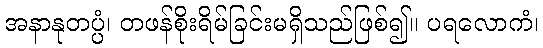
အနာနုတပ္ပံ၊ တဖန်စိုးရိမ်ခြင်းမရှိသည်ဖြစ်၍။ ပရလောကံ၊